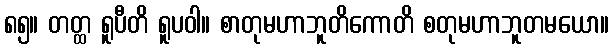
၈၅။ တတ္ထ ရူပီတိ ရူပဝါ။ စာတုမဟာဘူတိကောတိ စတုမဟာဘူတမယော။